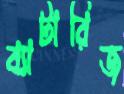
ব্যাটারিজ